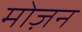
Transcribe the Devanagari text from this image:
मोज़न